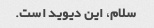
سلام، این دیوید است.